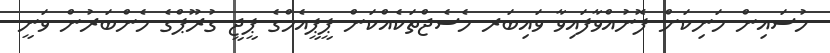
ހުސައިން މަނިކަށް ފޮނުއްވާފައިވާ ވައިބަރ މެސެޖްތަކެއްކަން ޕީޕީއެމްގެ ޕީޖީ ގުރޫޕްގެ މެންބަރުން ވަނީ